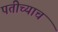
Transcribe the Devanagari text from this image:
पतीच्याच